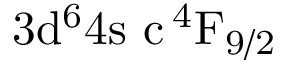
\mathrm { 3 d ^ { 6 } 4 s \ c \, ^ { 4 } F _ { 9 / 2 } }